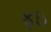
ફઇ